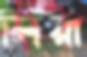
লিয়া